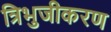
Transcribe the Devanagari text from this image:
त्रिभुजीकरण